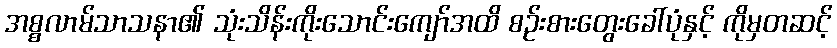
အစ္စလာမ်သာသနာ၏ သုံးသိန်းကိုးသောင်းကျော်အထိ စဉ်းစားတွေးခေါ်ပုံနှင့် ကိုမှတဆင့်